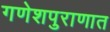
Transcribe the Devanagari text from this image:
गणेशपुराणात